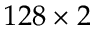
1 2 8 \times 2